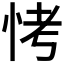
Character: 𪫭